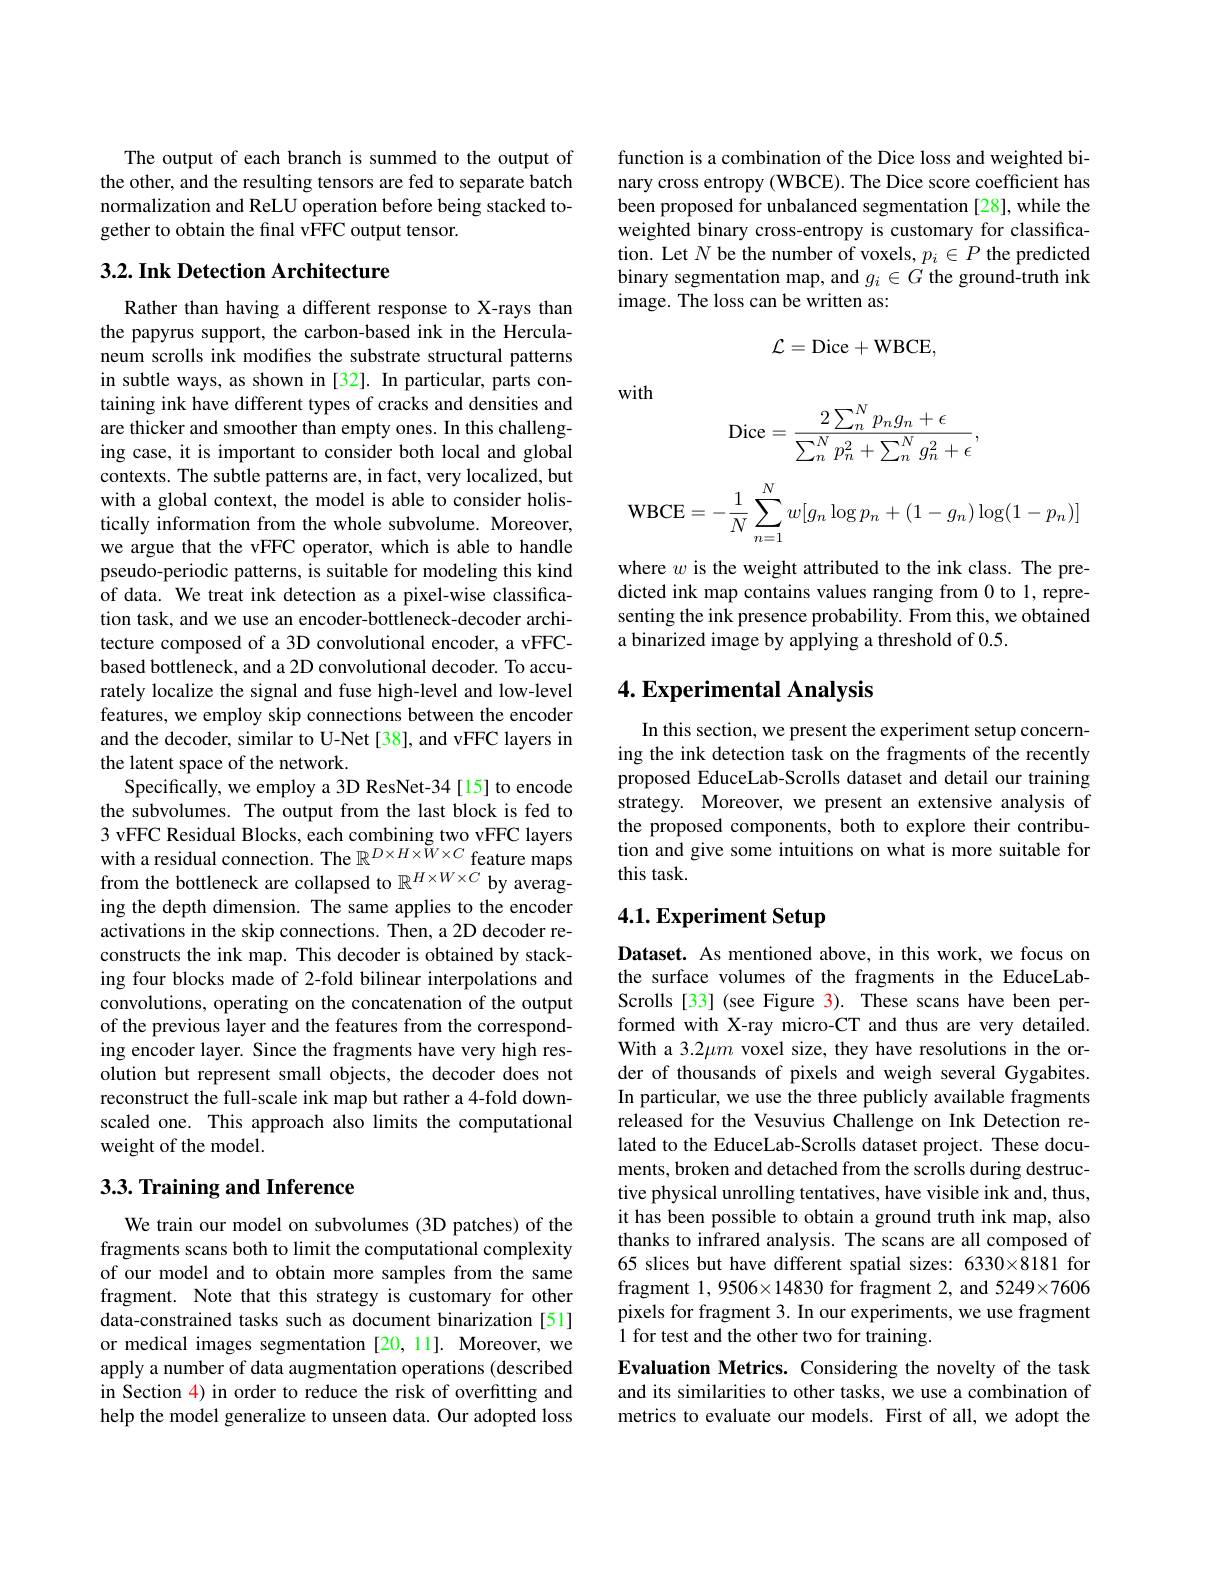
The output of each branch is summed to the output of the other, and the resulting tensors are fed to separate batch normalization and ReLU operation before being stacked together to obtain the final vFFC output tensor.

## 3.2. Ink Detection Architecture

Rather than having a different response to X-rays than the papyrus support, the carbon-based ink in the Herculaneum scrolls ink modifes the substrate structural patterns in subtle ways, as shown in [32]. In particular, parts containing ink have different types of cracks and densities and are thicker and smoother than empty ones. In this challenging case, it is important to consider both local and global contexts. The subtle patterns are, in fact, very localized, but with a global context, the model is able to consider holistically information from the whole subvolume. Moreover, we argue that the vFFC operator, which is able to handle pseudo-periodic patterns, is suitable for modeling this kind of data. We treat ink detection as a pixel-wise classification task, and we use an encoder-bottleneck-decoder architecture composed of a 3D convolutional encoder, a vFFCbased bottleneck, and a 2D convolutional decoder. To accurately localize the signal and fuse high-level and low-level features, we employ skip connections between the encoder and the decoder, similar to U-Net [38], and vFFC layers in the latent space of the network.
Specifically, we employ a 3D ResNet-34[15] to encode the subvolumes. The output from the last block is fed to 3 vFFC Residual Blocks, each combining two vFFC layers with a residual connection. The $\mathbb{R}^D\times H\times\tilde{W}\times C$ feature maps from the bottleneck are collapsed to $\mathbb{R}^{H\times W\times C}$ by averaging the depth dimension. The same applies to the encoder activations in the skip connections. Then, a 2D decoder reconstructs the ink map. This decoder is obtained by stacking four blocks made of 2-fold bilinear interpolations and convolutions, operating on the concatenation of the output of the previous layer and the features from the corresponding encoder layer. Since the fragments have very high resolution but represent small objects, the decoder does not reconstruct the full-scale ink map but rather a 4-fold downscaled one. This approach also limits the computational weight of the model.

## $3. 3. \textbf{Training and Inference}$

We train our model on subvolumes (3D patches) of the fragments scans both to limit the computational complexity of our model and to obtain more samples from the same fragment. Note that this strategy is customary for other data-constrained tasks such as document binarization [51] or medical images segmentation [20,11]. Moreover, we apply a number of data augmentation operations (described in Section 4) in order to reduce the risk of overfitting and help the model generalize to unseen data. Our adopted loss

function is a combination of the Dice loss and weighted binary cross entropy (WBCE). The Dice score coefficient has been proposed for unbalanced segmentation[28], while the weighted binary cross-entropy is customary for classification. Let $N$ be the number of voxels, $p_i\in P$ the predicted binary segmentation map, and $g_i\in\bar{G\text{the ground-truth ink}}$ image. The loss can be written as:
$$\mathcal{L}=\mathrm{Dice}+\mathrm{WBCE},$$
with
$$\text{Dice}=\frac{2\sum_{n}^{N}p_{n}g_{n}+\epsilon}{\sum_{n}^{N}p_{n}^{2}+\sum_{n}^{N}g_{n}^{2}+\epsilon},$$
$$\mathrm{WBCE}=-\frac{1}{N}\sum_{n=1}^{N}w[g_{n}\log p_{n}+(1-g_{n})\log(1-p_{n})]$$
where $w$ is the weight attributed to the ink class. The predicted ink map contains values ranging from 0 to 1, representing the ink presence probability. From this, we obtained a binarized image by applying a threshold of 0.5.

## 4. Experimental Analysis

In this section, we present the experiment setup concerning the ink detection task on the fragments of the recently proposed EduceLab-Scrolls dataset and detail our training strategy. Moreover, we present an extensive analysis of the proposed components, both to explore their contribution and give some intuitions on what is more suitable for this task.

## 4.1. Experiment Setup

Dataset. As mentioned above, in this work, we focus on the surface volumes of the fragments in the EduceLabScrolls [33] (see Figure 3). These scans have been performed with X-ray micro-CT and thus are very detailed. With a 3.2$\mu m$ voxel size, they have resolutions in the order of thousands of pixels and weigh several Gygabites. In particular, we use the three publicly available fragments released for the Vesuvius Challenge on Ink Detection related to the EduceLab-Scrolls dataset project. These documents, broken and detached from the scrolls during destructive physical unrolling tentatives, have visible ink and, thus, it has been possible to obtain a ground truth ink map, also thanks to infrared analysis. The scans are all composed of 65 slices but have different spatial sizes: 6330×8181 for fragment 1,9506×14830 for fragment 2, and 5249×7606 pixels for fragment 3. In our experiments, we use fragment 1 for test and the other two for training.
Evaluation Metrics. Considering the novelty of the task and its similarities to other tasks, we use a combination of

metrics to evaluate our models. First of all, we adopt the